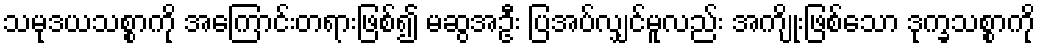
သမုဒယသစ္စာကို အကြောင်းတရားဖြစ်၍ မဆွအဦး ပြအပ်လျှင်မူလည်း အကျိုးဖြစ်သော ဒုက္ခသစ္စာကို